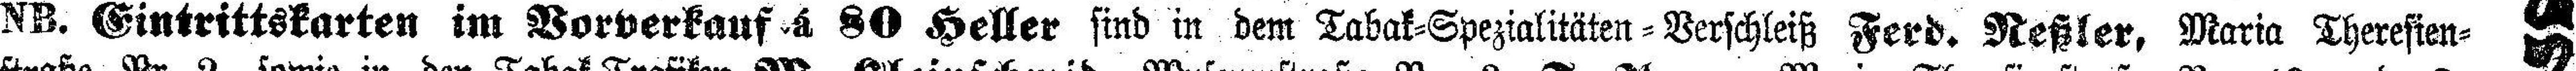
NB. Eintrittskarten im Vorverkauf á 80 Heller sind in dem Tabak=Spezialitäten=Verschleiß Ferd. Neßler, Maria Theresien¬